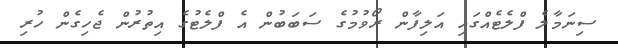
ސިނަމާލެ ފްލެޓެއްގައި އަލިފާން ރޯވުމުގެ ސަބަބުން އެ ފްލެޓުގެ އިތުރުން ޖެހިގެން ހުރި